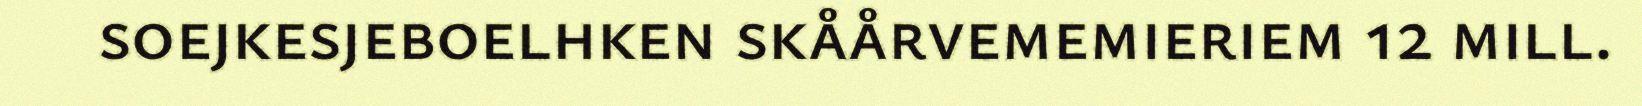
soejkesjeboelhken skåårvememieriem 12 mill.